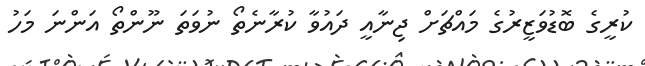
ކުރީގެ ބޮޑުވަޒީރުގެ މައްޗަށް ޖިނާއީ ދައުވާ ކުރާނެތޯ ނުވަތަ ނޫންތޯ އަންނަ މަހު